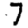
Digit: 7